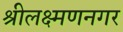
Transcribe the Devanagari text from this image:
श्रीलक्ष्मणनगर